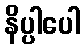
နိပ္ပါပေါ